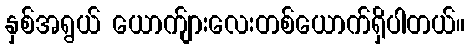
နှစ်အရွယ် ယောက်ျားလေးတစ်ယောက်ရှိပါတယ်။